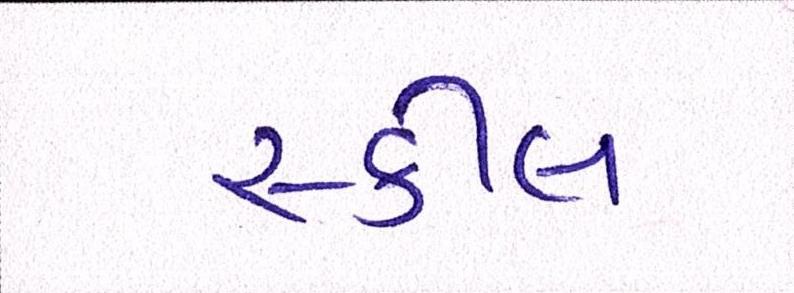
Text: સ્કીલ